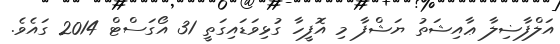
އަލްފާޟިލާ ޢާއިޝަތު ޔަޝްފާ މި އޮފީހާ ގުޅިވަޑައިގަތީ 31 އޯގަސްޓް 2014 ގައެވެ.